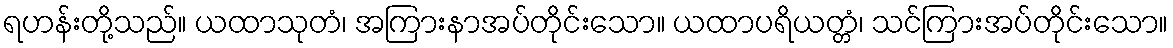
ရဟန်းတို့သည်။ ယထာသုတံ၊ အကြားနာအပ်တိုင်းသော။ ယထာပရိယတ္တံ၊ သင်ကြားအပ်တိုင်းသော။